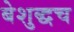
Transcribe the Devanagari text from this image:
बेशुद्धच